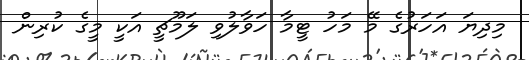
މިދިޔަ އަހަރުގެ މޭ މަހު ޓީމާ ހަވާލުވި ލަމޫޗީ އަކީ މީގެ ކުރިން